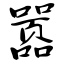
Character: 嚣